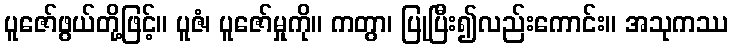
ပူဇော်ဖွယ်တို့ဖြင့်။ ပူဇံ၊ ပူဇော်မှုကို။ ကတွာ၊ ပြုပြီး၍လည်းကောင်း။ အသုကဿ